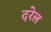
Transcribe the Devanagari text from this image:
दरेल